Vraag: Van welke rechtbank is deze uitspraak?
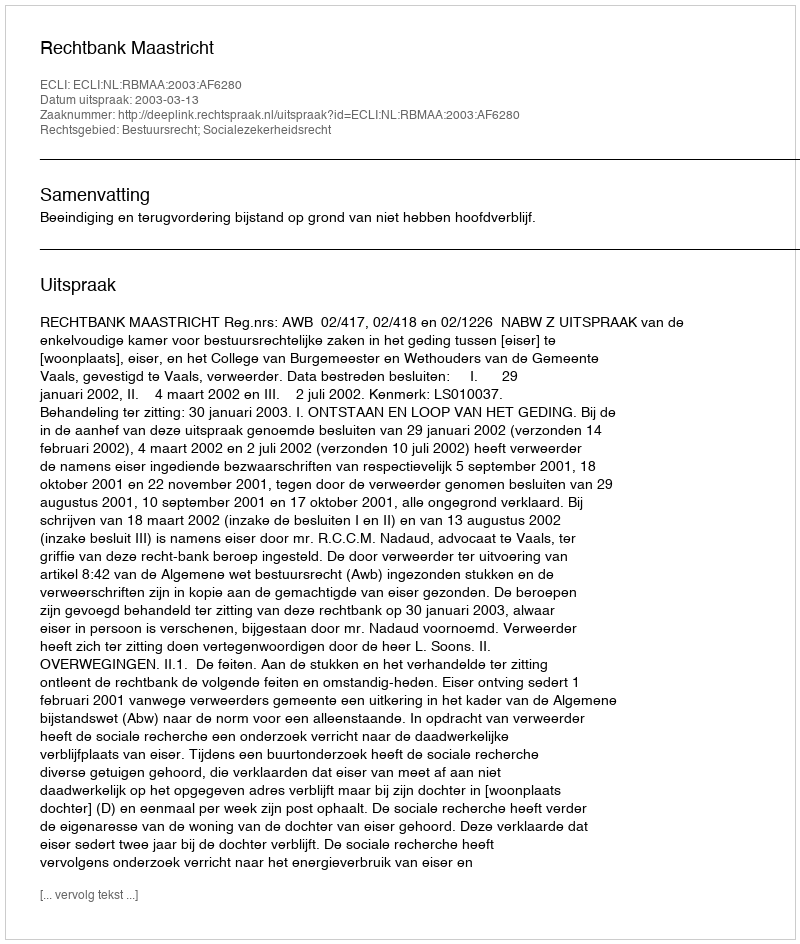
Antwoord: Rechtbank Maastricht